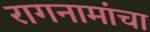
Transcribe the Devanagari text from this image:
रागनामांचा